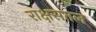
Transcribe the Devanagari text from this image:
राक्षसतल